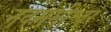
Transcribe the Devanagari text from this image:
नवममीश्वरं